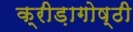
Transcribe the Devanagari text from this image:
क्रीड़ागोष्ठी